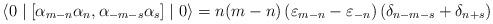
LaTeX: \begin{align*}\langle 0 \mid \left[ {\alpha}_{m-n} {\alpha}_n , {\alpha}_{-m-s}{\alpha}_s \right] \mid 0 \rangle = n(m-n) \left( {\varepsilon}_{m-n} -{\varepsilon}_{-n} \right) \left( {\delta}_{n-m-s} + {\delta}_{n+s}\right)\end{align*}